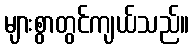
များစွာတွင်ကျယ်သည်။